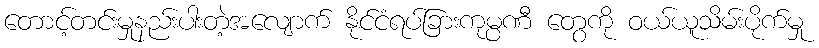
တောင့်တင်းမှုနည်းပါးတဲ့အလျောက် နိုင်ငံရပ်ခြားကုမ္ပဏီ တွေကို ဝယ်ယူသိမ်းပိုက်မှု